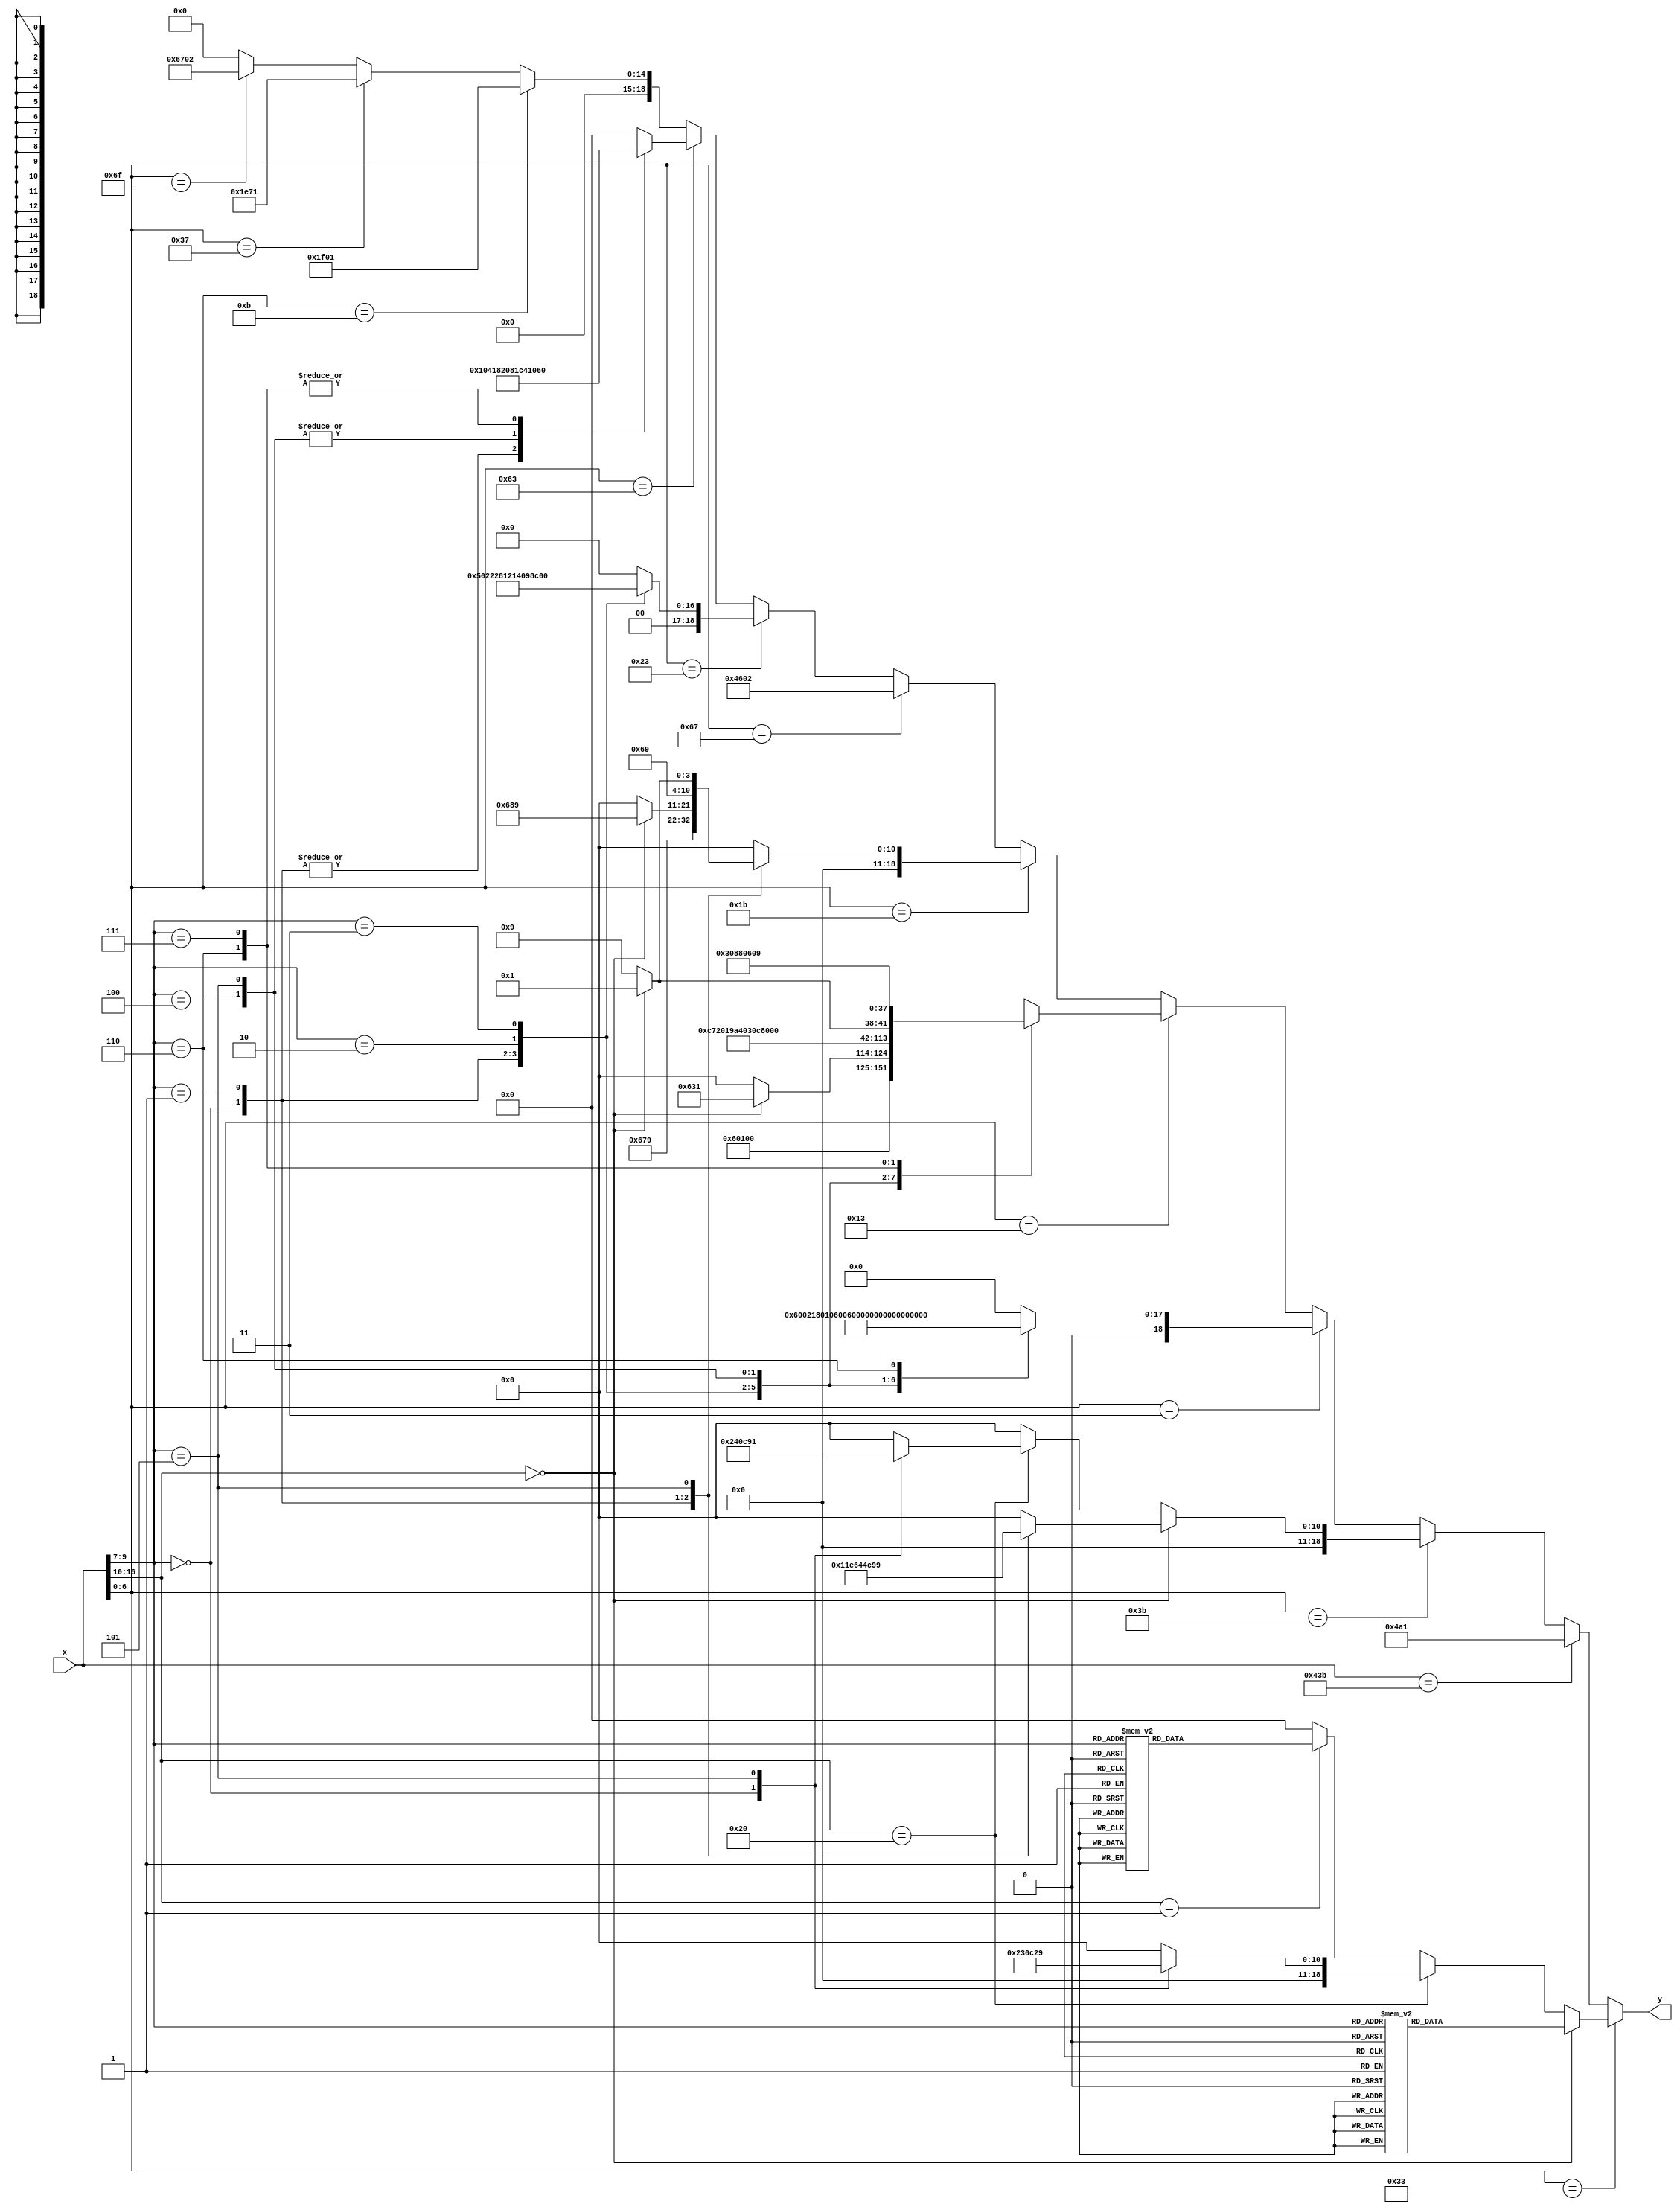
module Control 
	( 
		input [16:0]x, 
		output reg [18:0]y
	);

	always @(*)
	begin
		if (x[6:0] == 'b0110011)
		begin: R_main 
			if (x[16:10] == 'b0000000)
			begin: basic
				case (x[9:7]) 
					0: y = 'b0000000010000000001;
					1: y = 'b0000000010000110001;
					2: y = 'b0000000010000111001;
					3: y = 'b0000000010001101001;
					4: y = 'b0000000010000011001;
					5: y = 'b0000000010000100001;
					6: y = 'b0000000010000010001;
					7: y = 'b0000000010000001001;
					default y = 0;
				endcase
			end
			else if (x[16:10] == 'b0100000)
			begin: sub_sra
				case (x[9:7]) 
					0: y = 'b0000000010001100001;
					5: y = 'b0000000010000101001;
					default: y = 0;
				endcase
			end
			else if (x[16:10] == 'b0000001)
			begin: M_extension
				case (x[9:7]) 
					0: y = 'b0000000010001010001;
					1: y = 'b0000000010001011001;
					2: y = 'b0000000010010100001;
					3: y = 'b0000000010010101001;
					4: y = 'b0000000010001000001;
					5: y = 'b0000000010010110001;
					6: y = 'b0000000010001001001;
					7: y = 'b0000000010010111001;			
					default : y = 0;
				endcase
			end
			else 
				y = 0; 
		end
		else if (x[16:0] == 'b00000010000111011)
			begin: M_W_extension
				y = 'b0000000010010100001;
			end
		else if (x[6:0] == 'b0111011)
		begin: R_word
			if (x[16:10] == 'b0000000)
			begin: basic
				case (x[9:7]) 
					0: y = 'b0000000010001111001;
					1: y = 'b0000000010010001001;
					5: y = 'b0000000010010011001;
					default: y = 0;
				endcase
			end
			else if (x[16:10] == 'b0100000)
			begin: sub_sra 
				case (x[9:7]) 
					0: y = 'b0000000010010000001;
					5: y = 'b0000000010010010001;
					default: y = 0;
				endcase
			end
			else 
				y = 0;
		end
		else if (x[6:0] == 'b0000011)
		begin: Load
			case (x[9:7]) 
				0: y = 'b0000000011000000000;
				1: y = 'b0001000011000000000;
				2: y = 'b0010000011000000000;
				3: y = 'b0011000011000000000;
				4: y = 'b0100000011000000000;
				5: y = 'b0101000011000000000;
				6: y = 'b0110000011000000000;
				default: y = 0;
			endcase
		end
		else if (x[6:0] == 'b0010011)
		begin: I_main
			case (x[9:7]) 
				0: y = 'b0000000011000000001;
				1: begin
					if (x[16:10] == 0) 
						y = 'b0000000011000110001;
					else 
						y = 0;
				end
				2: y = 'b0000000011000111001;
				3: y = 'b0000000011001101001;
				4: y = 'b0000000011000011001;
				5: begin
					if (x[16:10] == 0)
						y = 'b0000000011000100001;
					else 
						y = 'b0000000011000101001;
				end
				6: y = 'b0000000011000010001;
				7: y = 'b0000000011000001001;
				default: y = 0;			
			endcase
		end
		else if (x[6:0] == 'b0011011)
		begin: I_word
			case (x[9:7]) 
				0: y = 'b0000000011001111001;
				1: begin
					if (x[16:10] == 0)
					y = 'b0000000011010001001;
				else
					y = 0;
				end
				5: begin
					if (x[16:10] == 0)
						y = 'b0000000011010010001;
					else 
						y = 'b0000000011010011001;
				end
				default: y = 0;
			endcase
		end
		else if (x[6:0] == 'b1100111)
		begin: jalr
			y = 'b0000100011000000010;
		end
		else if (x[6:0] == 'b0100011)
		begin: Store
			case (x[9:7]) 
				0: y = 'b0000000101000000100;
				1: y = 'b0001000101000000100;
				2: y = 'b0010000101000000100;
				3: y = 'b0011000101000000100;
				default: y = 0;
			endcase
		end
		else if (x[6:0] == 'b1100011)
		begin: Branch
			case (x[9:7]) 
				0: y = 'b1000001000001100000;
				1: y = 'b1000001000001100000;
				4: y = 'b1000001000000111000;
				5: y = 'b1000001000000111000;
				6: y = 'b1000001000001101000;
				7: y = 'b1000001000001101000;
				default: y = 0;
			endcase
		end
		else if (x[6:0] == 'b001011)
		begin:auipc
			y = 'b0000001111100000001;
		end
		else if (x[6:0] == 'b0110111)
		begin:lui
			y = 'b0000001111001110001;
		end
		else if (x[6:0] == 'b1101111)
		begin: jal
			y = 'b0000110011100000010;
		end
		else 
			y = 0;
	end

endmodule